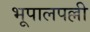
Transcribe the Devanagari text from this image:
भूपालपल्ली